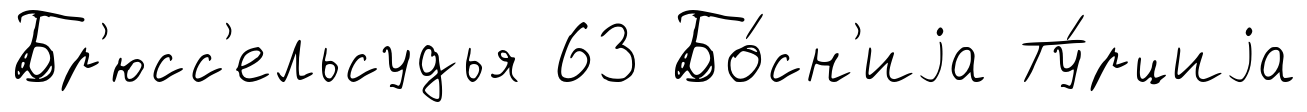
Бр'юсс'ельсудья 63 Бо́сн'иjа Ту́рциjа